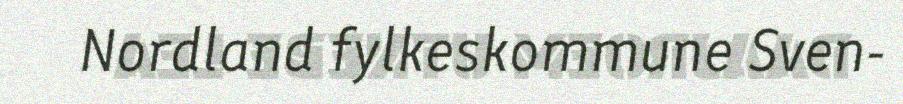
Nordland fylkeskommune Sven-